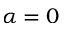
\alpha = 0